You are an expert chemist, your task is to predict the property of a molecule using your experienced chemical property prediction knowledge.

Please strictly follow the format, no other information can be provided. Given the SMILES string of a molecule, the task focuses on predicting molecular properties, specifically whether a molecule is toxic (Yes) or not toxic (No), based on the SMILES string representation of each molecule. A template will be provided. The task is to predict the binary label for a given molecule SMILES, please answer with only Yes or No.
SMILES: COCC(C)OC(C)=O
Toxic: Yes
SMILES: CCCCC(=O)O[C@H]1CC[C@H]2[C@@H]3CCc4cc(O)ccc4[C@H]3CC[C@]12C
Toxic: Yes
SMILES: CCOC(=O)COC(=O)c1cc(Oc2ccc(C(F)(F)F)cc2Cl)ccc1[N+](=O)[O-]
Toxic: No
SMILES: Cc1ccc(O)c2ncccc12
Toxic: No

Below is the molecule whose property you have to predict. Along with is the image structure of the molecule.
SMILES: O=c1n(CCO)c(=O)n(CCO)c(=O)n1CCO
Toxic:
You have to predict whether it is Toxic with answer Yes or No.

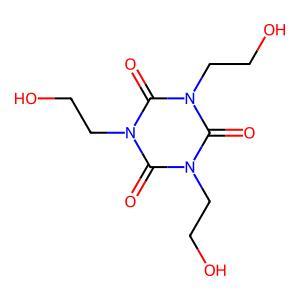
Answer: No